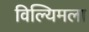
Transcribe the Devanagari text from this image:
विल्यिमला